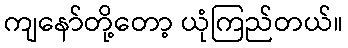
ကျနော်တို့တော့ ယုံကြည်တယ်။